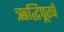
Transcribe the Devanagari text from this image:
ऋद्धिपूरचे